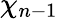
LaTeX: \chi_{n-1}